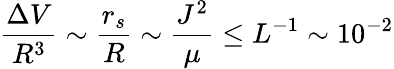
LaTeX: \frac{\Delta V}{R^{3}}\sim\frac{r_{s}}{R}\sim\frac{J^{2}}{\mu}\leq L^{-1}\sim 10^{-2}